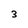
Character: 3